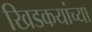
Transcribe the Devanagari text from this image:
खिडकयांच्या